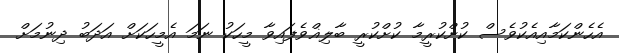
އެހެންކަމާއިއެކުވެސް ކުށްކުރީމާ ކުށްކުރީ ބާލިޣްވެފައިވާ މީހަކު ނަމަ އެމީހަކަށް އަދަބު ދިނުމަށް